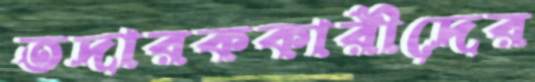
তদারককারীদের